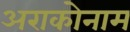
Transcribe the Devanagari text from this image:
अराकोनाम